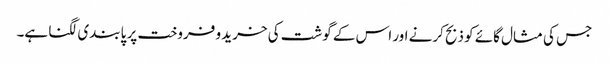
جس کی مثال گائے کو ذبح کرنے اور اس کے گوشت کی خرید و فروخت پر پابندی لگنا ہے۔